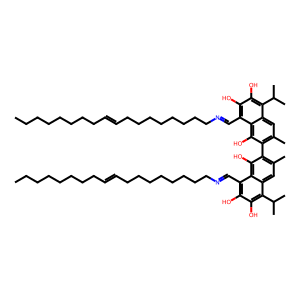
SMILES: CCCCCCCCC=CCCCCCCCCN=Cc1c(O)c(O)c(C(C)C)c2cc(C)c(-c3c(C)cc4c(C(C)C)c(O)c(O)c(C=NCCCCCCCCC=CCCCCCCCC)c4c3O)c(O)c12
Inhibits HIV replication: No